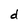
Character: d